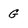
Character: G